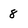
Character: 8